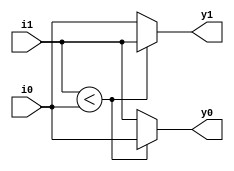
//ascending
module swap_asc(output [3:0] y1, y0, input [3:0] i1, i0);

assign y1 = (i1<i0) ? i1 : i0;
assign y0 = (!(i1<i0)) ? i1 : i0;

endmodule


//descending
module swap_dec(output [3:0] y1, y0, input [3:0] i1, i0);

assign y1 = (!(i1<i0)) ? i1 : i0;
assign y0 = (i1<i0) ? i1 : i0;

endmodule


//odd_even
module swap_odd_even(output [3:0] y1, y0, input [3:0] i1, i0);

assign y1 = ((i1[0]==0) && (i0[0]==1)) ? i0 : i1;
assign y0 = (!((i1[0]==0) && (i0[0]==1))) ? i0 : i1;

endmodule


//asc - dec swap depending on odd or even
module swap_asc_dec(output [3:0] y1, y0, input [3:0] i1, i0);

wire [3:0] asc_y1, asc_y0, dec_y1, dec_y0;
wire [3:0] dec_mux_y1, dec_mux_y0;
wire odd, even;

swap_asc swap_asc_inst(asc_y1, asc_y0, i1, i0);
swap_dec swap_dec_inst(dec_y1, dec_y0, i1, i0);

assign odd = ((i1[0]==1) && (i0[0]==1)); 
assign even = ((i1[0]==0) && (i0[0]==0));

assign y1 =  odd ? asc_y1 : dec_mux_y1;
assign dec_mux_y1 = even ? dec_y1 : i1;

assign y0 = odd ? asc_y0 : dec_mux_y0;
assign dec_mux_y0 = even ? dec_y0 : i0;

endmodule